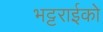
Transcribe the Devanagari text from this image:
भट्टराईको